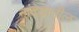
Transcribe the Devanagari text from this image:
नांदेडातील